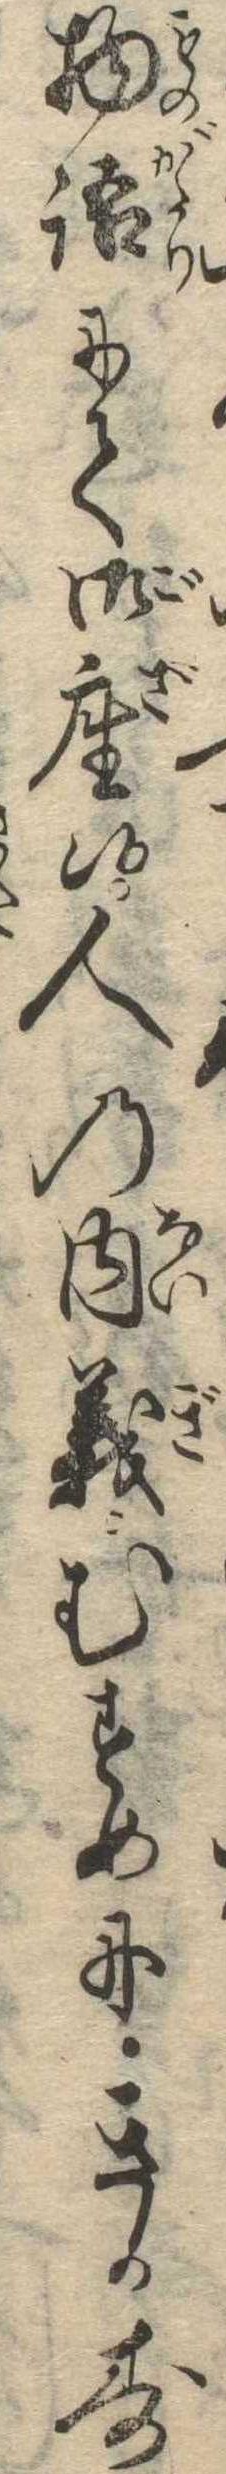
物語にて御座候人の内義むすめにきかす